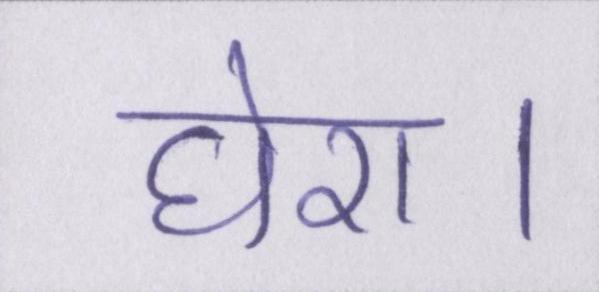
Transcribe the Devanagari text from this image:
घेरा।